King Institute of Preventive Medicine Bacteriolog. Section reports 1907-08
Year: 1907
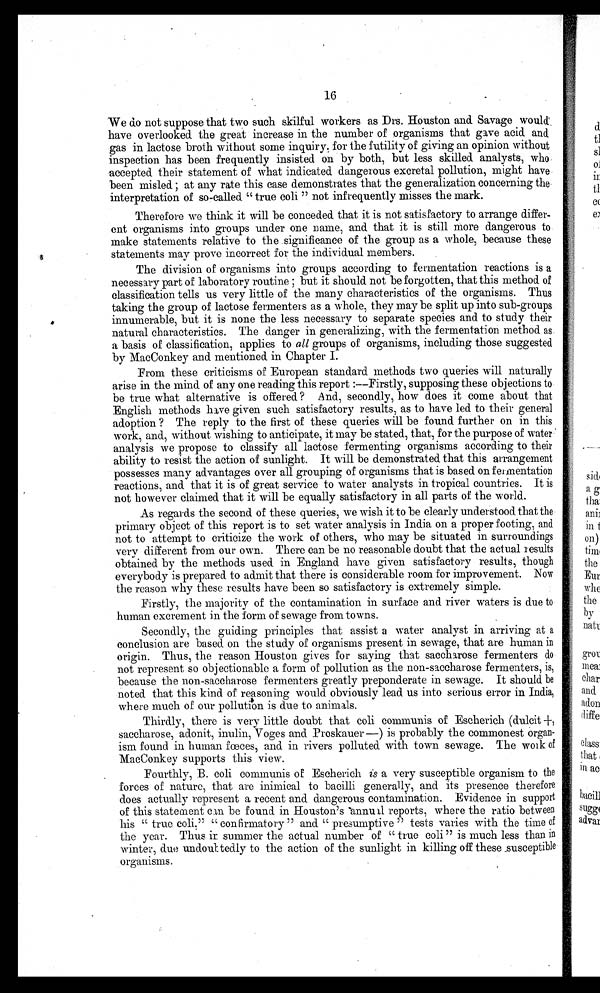
16
We do not suppose that two such skilful workers as Drs. Houston and Savage would
have overlooked the great increase in the number of organisms that gave acid and
gas in lactose broth without some inquiry. for the futility of giving an opinion without
inspection has been frequently insisted on by both, but less skilled analysts, who
accepted their statement of what indicated dangerous excretal pollution, might have
been misled ; at any rate this case demonstrates that the generalization concerning the
interpretation of so-called "true coli" not infrequently misses the mark.
Therefore we think it will be conceded that it is not satisfactory to arrange differ-
ent organisms into groups under one name, and that it is still More dangerous to
make statements relative to the significance of the group as a whole, because these
statements may prove incorrect for the individual members.
The division of organisms into groups according to fermentation reactions is a
necessary part of laboratory routine; but it should not be forgotten, that this method of
classification tells us very little of the many characteristics of the organisms. Thus
taking the group of lactose fermenters as a whole, they may be split up into sub-groups
innumerable, but it is none the less necessary to separate species and to study their
natural characteristics. The danger in generalizing, with the fermentation method as.
a basis of classification, applies to all groups of organisms, including those suggested
by MacConkey and mentioned in Chapter I.
From these criticisms of European standard methods two queries will naturally
arise in the mind of any one reading this report:—Firstly, supposing these objections to
be true what alternative is offered? And, secondly, how does it come about that
English methods have given such satisfactory results, as to have led to their general
adoption? The reply to the first of these queries will be found further on in this
work, and, without wishing to anticipate, it may be stated, that, for the purpose of water
analysis we propose to classify all lactose fermenting organisms according to their
ability to resist the action of sunlight. It will be demonstrated that this arrangement
possesses many advantages over all grouping of organisms that is based on fermentation
reactions, and that it is of great service to water analysts in tropical countries. It is
not however claimed that it will be equally satisfactory in all parts of the world.
As regards the second of these queries, we wish it to be clearly understood that the
primary object of this report is to set water analysis in India on a proper footing, and
not to attempt to criticize the work of others, who may be situated in surroundings
very different from our own. There can be no reasonable doubt that the actual results
obtained by the methods used in England have given satisfactory results, though
everybody is prepared to admit that there is considerable room for improvement. Now
the reason why these results have been so satisfactory is extremely simple.
Firstly, the majority of the contamination in surface and river waters is due to
human excrement in the form of sewage from towns.
Secondly, the guiding principles that assist a water analyst in arriving at a
conclusion are based on the study of organisms present in sewage, that are human in
origin. Thus, the reason Houston gives for saying that saccharose fermenters do
not represent so objectionable a form of pollution as the non-saccharose fermenters, is,
because the non-saccharose fermenters greatly preponderate in sewage. It should be
noted that this kind of reasoning would obviously lead us into serious error in India,
where much of our pollution is due to animals.
Thirdly, there is very little doubt that coli communis of Eseherich (dulcit +,
saccharose, adonit, inulin, Voges and Proskauer—) is probably the commonest organ-
ism found in human forces, and in rivers polluted with town sewage. The work of
MacConkey supports this view.
Fourt hl y, B. col i c communi s of Escheri chi s
a v e r y s u s c e p t i b l e o r g a n i s m t o t h e
forces of nature, that are inimical to bacilli generally, and its presence therefore
does actually represent a recent and dangerous contamination. Evidence in support
of this statement can be found in Houston's annual reports, where the ratio between
his "true colic," "confirmatory" and "presumptive" tests varies with the time of
the year. Thus ir summer the actual number of "true coli" is much less than in
winter, due undoubtedly to the action of the sunlight in killing off these susceptible
organisms.